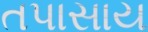
તપાસાય